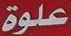
علوة